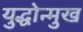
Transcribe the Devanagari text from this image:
युद्धोन्मुख